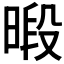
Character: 𪰴